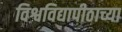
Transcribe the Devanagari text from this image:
विश्वविद्यापीठाच्या